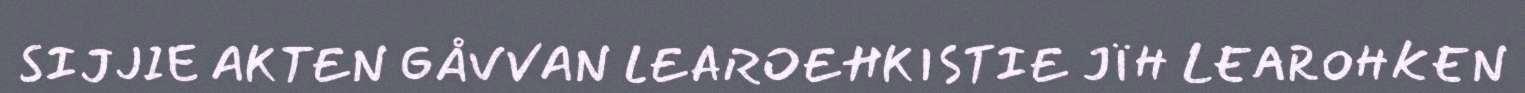
SIJJIE AKTEN GÅVVAN LEAROEHKISTIE JÏH LEAROHKEN